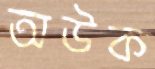
অউক